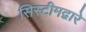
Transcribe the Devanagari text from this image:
सिस्टीमद्वारे